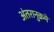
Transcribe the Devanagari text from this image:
अंतरानुक्रमे